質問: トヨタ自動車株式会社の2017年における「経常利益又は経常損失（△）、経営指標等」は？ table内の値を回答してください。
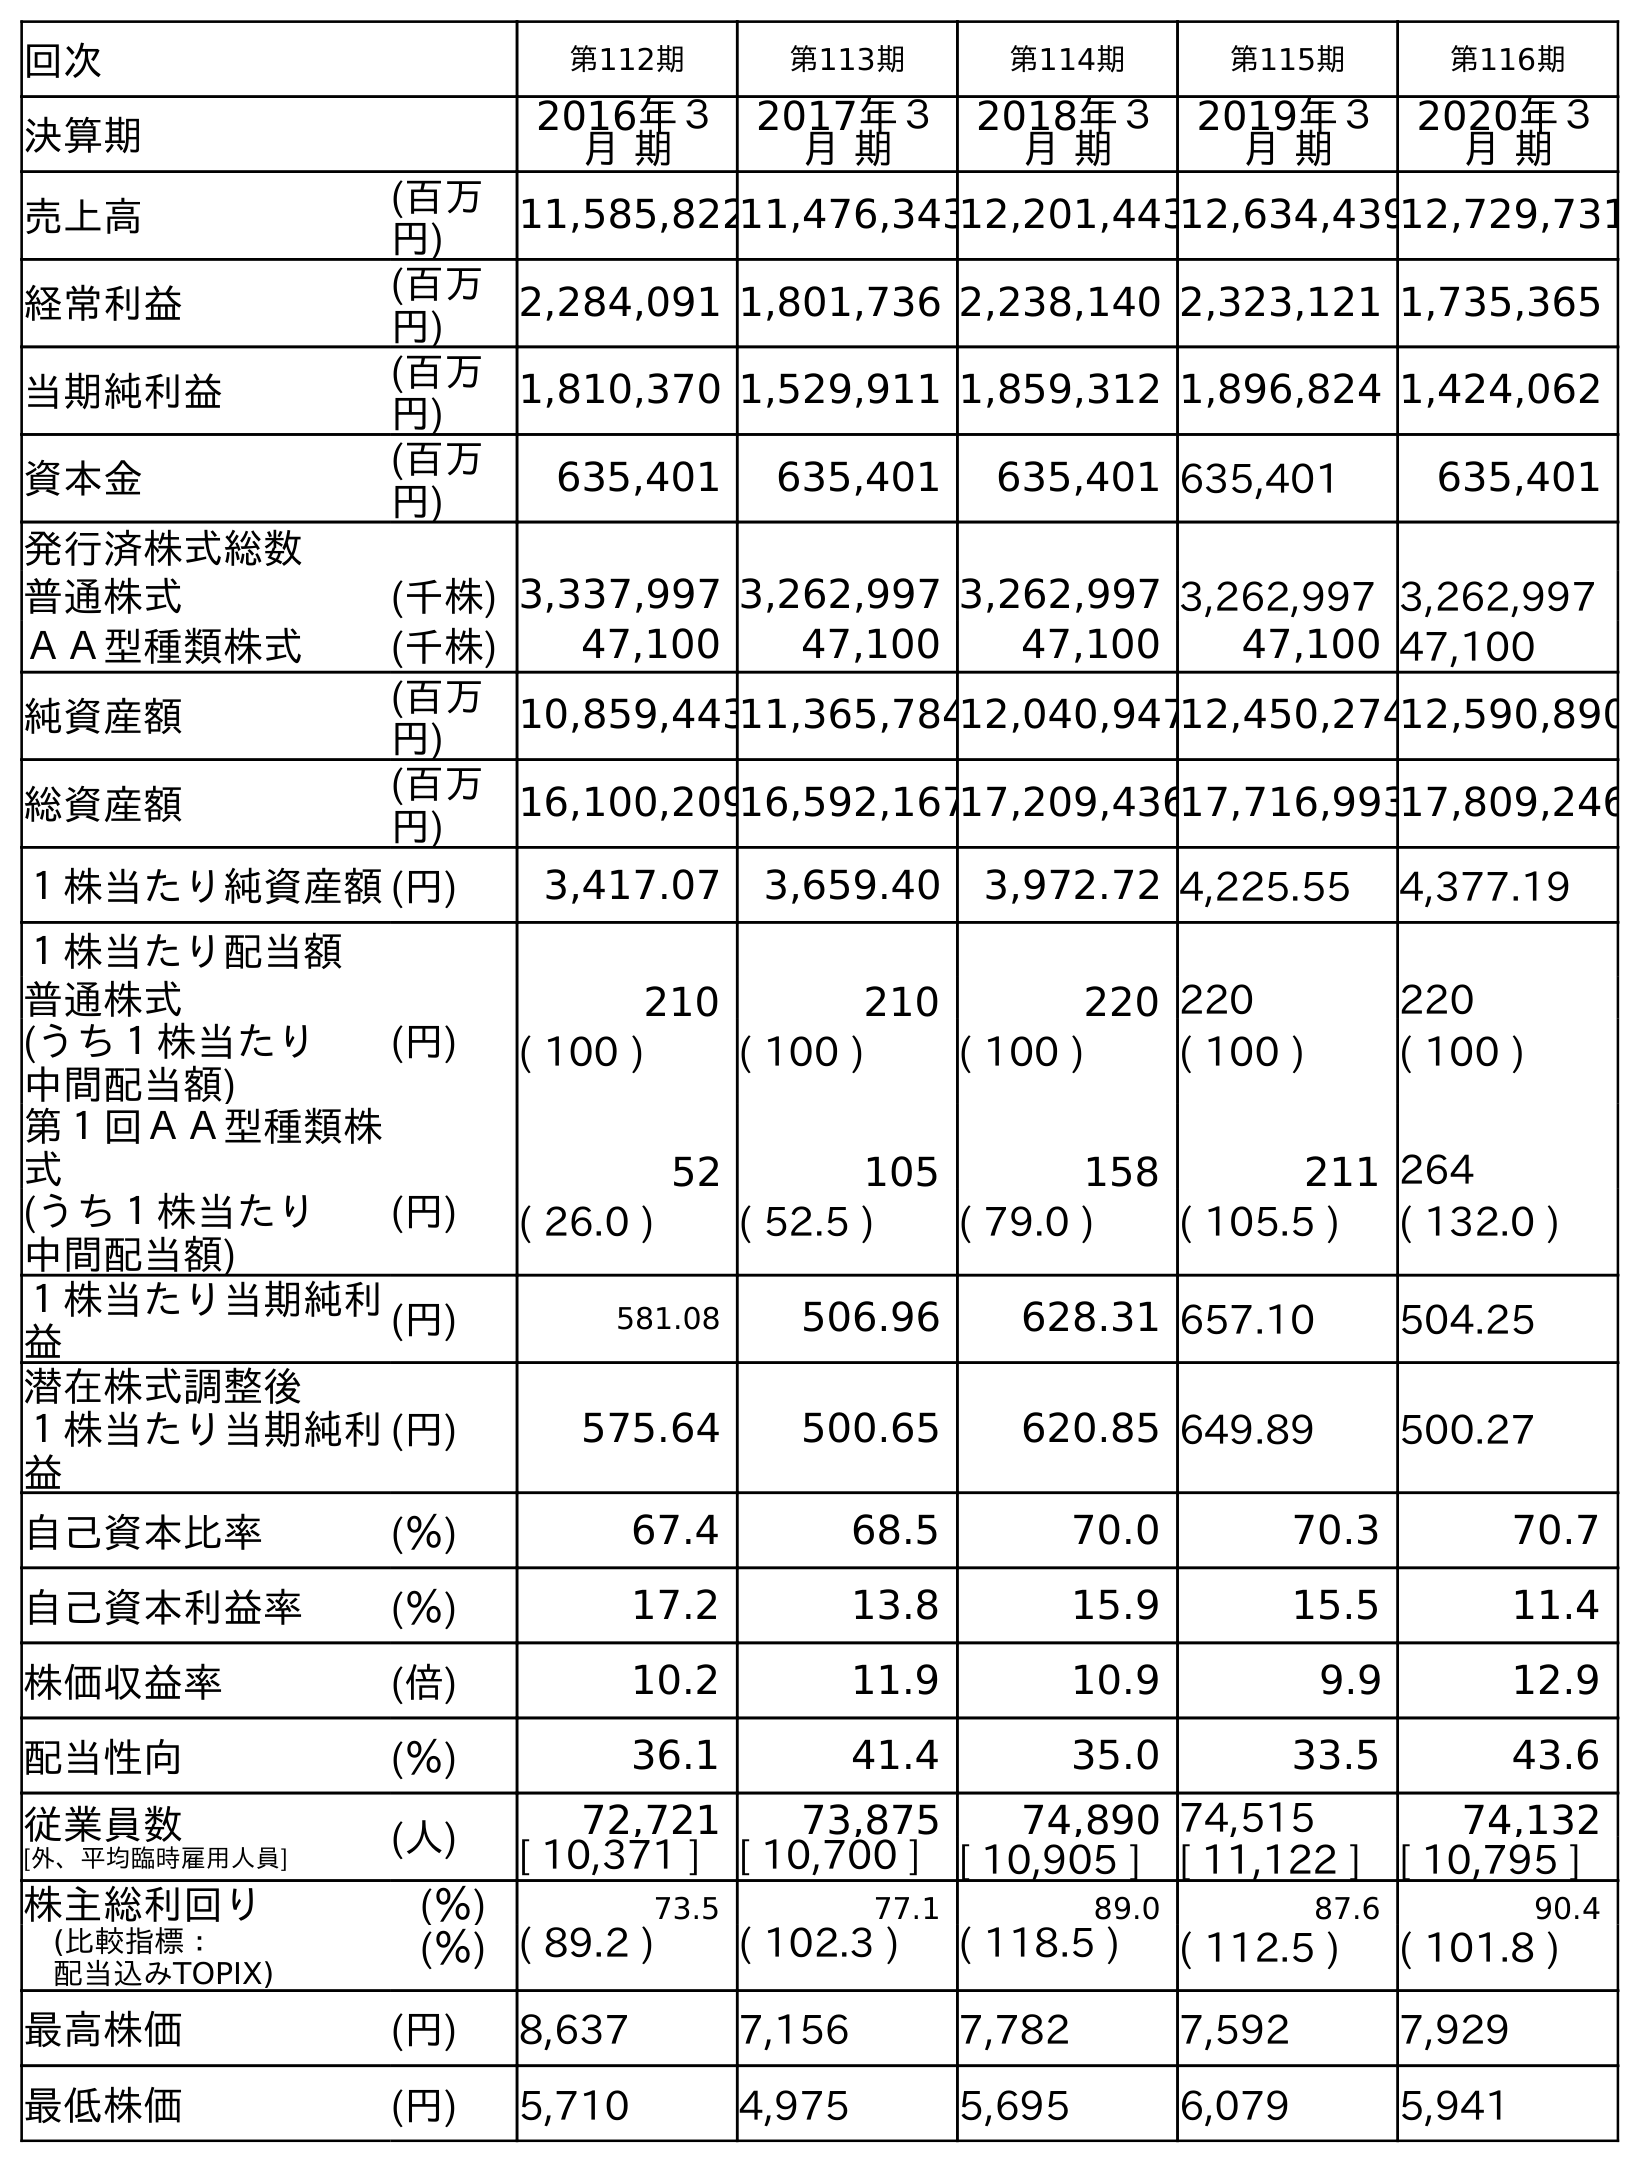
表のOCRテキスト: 回次 第112期 第113期 第114期 第115期 第116期 決算期 2016年３ 月 期 2017年３ 月 期 2018年３ 月 期 2019年３ 月 期 2020年３ 月 期 売上高 (百万 円) 11,585,82211,476,34312,201,44312,634,43912,729,731 経常利益 (百万 円) 2,284,091 1,801,736 2,238,140 2,323,121 1,735,365 当期純利益 (百万 円) 1,810,370 1,529,911 1,859,312 1,896,824 1,424,062 資本金 (百万 円) 635,401 635,401 635,401 635,401 635,401 発行済株式総数 普通株式 (千株) 3,337,997 3,262,997 3,262,997 3,262,997 3,262,997 ＡＡ型種類株式 (千株) 47,100 47,100 47,100 47,100 47,100 純資産額 (百万 円) 10,859,44311,365,78412,040,94712,450,27412,590,890 総資産額 (百万 円) 16,100,20916,592,16717,209,43617,716,99317,809,246 １株当たり純資産額(円) 3,417.07 3,659.40 3,972.72 4,225.55 4,377.19 １株当たり配当額 普通株式 (円) 210 210 220 220 220 (うち１株当たり 中間配当額) ( 100 ) ( 100 ) ( 100 ) ( 100 ) ( 100 ) 第１回ＡＡ型種類株 式 52 105 158 211 264 (うち１株当たり 中間配当額) (円) ( 26.0 ) ( 52.5 ) ( 79.0 ) ( 105.5 ) ( 132.0 ) １株当たり当期純利 益 (円) 581.08 506.96 628.31 657.10 504.25 潜在株式調整後 １株当たり当期純利 益 (円) 575.64 500.65 620.85 649.89 500.27 自己資本比率 (％) 67.4 68.5 70.0 70.3 70.7 自己資本利益率 (％) 17.2 13.8 15.9 15.5 11.4 株価収益率 (倍) 10.2 11.9 10.9 9.9 12.9 配当性向 (％) 36.1 41.4 35.0 33.5 43.6 従業員数 [外、平均臨時雇用人員] (人) 72,721 73,875 74,890 74,515 74,132 [ 10,371 ] [ 10,700 ] [ 10,905 ] [ 11,122 ] [ 10,795 ] 株主総利回り (％) 73.5 77.1 89.0 87.6 90.4 (比較指標： 配当込みTOPIX) (％) ( 89.2 ) ( 102.3 ) ( 118.5 ) ( 112.5 ) ( 101.8 ) 最高株価 (円) 8,637 7,156 7,782 7,592 7,929 最低株価 (円) 5,710 4,975 5,695 6,079 5,941
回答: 1,801,736